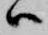
ハ